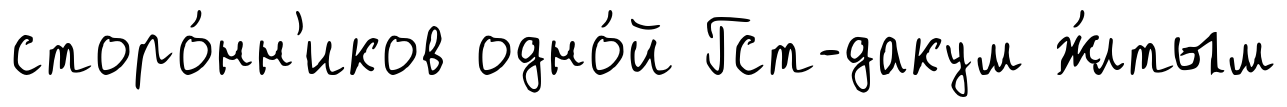
сторо́нн'иков одно́й Гст-дакум ж́лтым